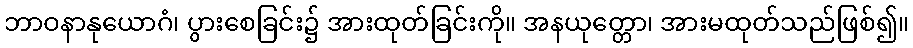
ဘာဝနာနုယောဂံ၊ ပွားစေခြင်း၌ အားထုတ်ခြင်းကို။ အနယုတ္တော၊ အားမထုတ်သည်ဖြစ်၍။